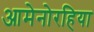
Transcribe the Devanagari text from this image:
आमेनोरहिया